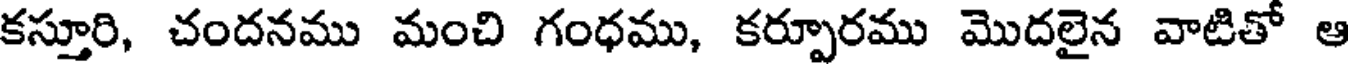
కస్తూరి, చందనము మంచి గంధము, కర్పూరము మొదలైన వాటితో ఆ